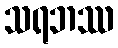
သရဘဿ